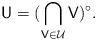
LaTeX: \begin{align*}\mathsf U = ( \bigcap_{\mathsf V \in \mathcal U} \mathsf V)^\circ.\end{align*}